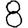
Digit: 8